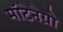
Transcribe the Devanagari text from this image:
मॉटेनेग्रो